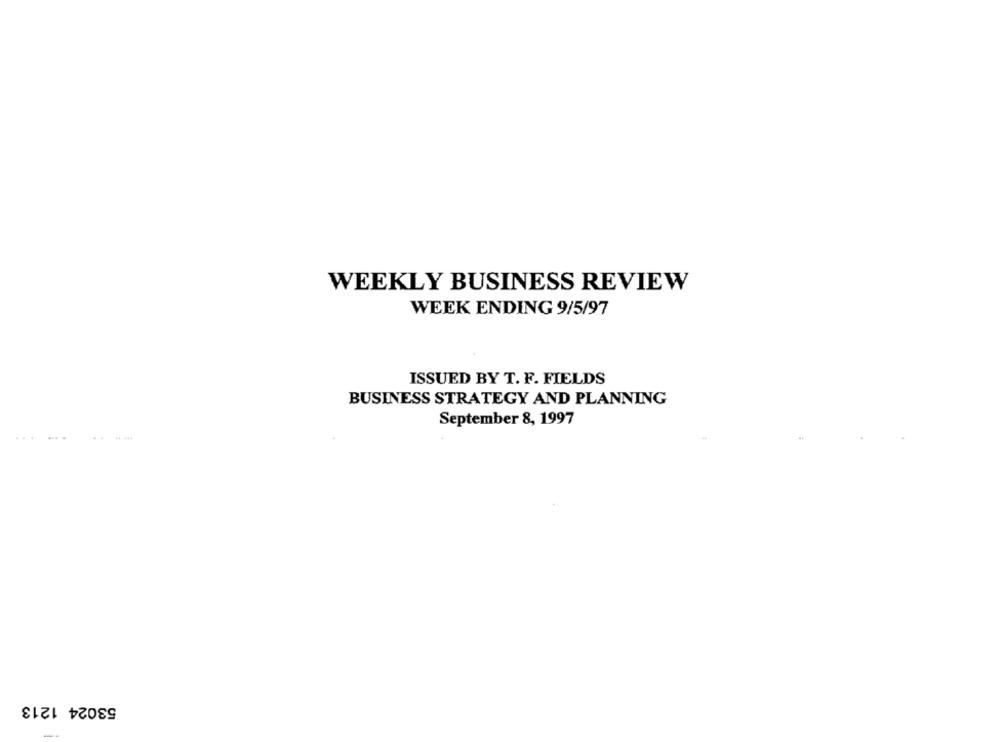
WEEKLY BUSINESS REVIEW
WEEK ENDING 9/5/97
ISSUED BY T. F. FIELDS
BUSINESS STRATEGY AND PLANNING
September 8, 1997
53024 1213